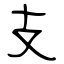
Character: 支